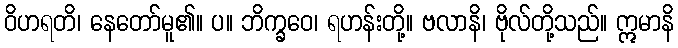
ဝိဟရတိ၊ နေတော်မူ၏။ ပ။ ဘိက္ခဝေ၊ ရဟန်းတို့။ ဗလာနိ၊ ဗိုလ်တို့သည်။ ဣမာနိ